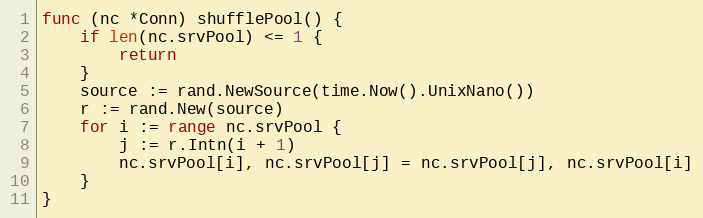
Language: Go
func (nc *Conn) shufflePool() {
	if len(nc.srvPool) <= 1 {
		return
	}
	source := rand.NewSource(time.Now().UnixNano())
	r := rand.New(source)
	for i := range nc.srvPool {
		j := r.Intn(i + 1)
		nc.srvPool[i], nc.srvPool[j] = nc.srvPool[j], nc.srvPool[i]
	}
}